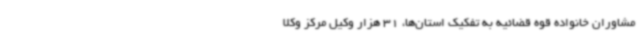
مشاوران خانواده قوه قضائیه به تفکیک استان‌ها، 31 هزار وکیل مرکز وکلا